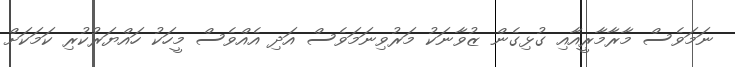
ނަމަވެސް މާރާމާރީއާއި ގުޅިގެން ޒުވާނަކު މަރުވިނަމަވެސް އަދި އެއްވެސް މީހަކު ހައްޔަރުކުރި ކަމަކަށް